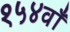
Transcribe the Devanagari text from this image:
१५४वाँ